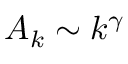
A _ { k } \sim k ^ { \gamma }